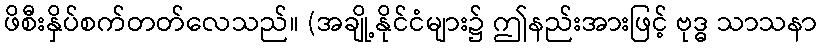
ဖိစီးနှိပ်စက်တတ်လေသည်။ (အချို့နိုင်ငံများ၌ ဤနည်းအားဖြင့် ဗုဒ္ဓ သာသနာ